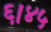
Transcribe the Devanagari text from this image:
६।४५